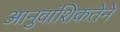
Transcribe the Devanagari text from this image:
आनुवांशिकतेने